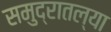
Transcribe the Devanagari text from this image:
समुद्रातल्या